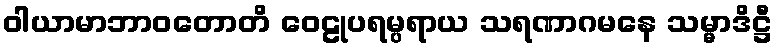
ဝါယာမာဘာဝတောတိ ဝေဠုပရမ္ပရာယ သရဏာဂမနေ သမ္မာဒိဋ္ဌီ